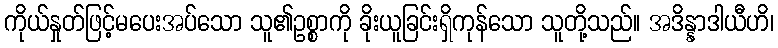
ကိုယ်နှုတ်ဖြင့်မပေးအပ်သော သူ၏ဥစ္စာကို ခိုးယူခြင်းရှိကုန်သော သူတို့သည်။ အဒိန္နာဒါယီဟိ၊